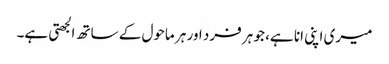
میری اپنی انا ہے، جو ہر فرد اور ہر ماحول کے ساتھ الجھتی ہے۔